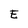
Character: E